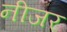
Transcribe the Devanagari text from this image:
नीजर